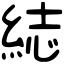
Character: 綕